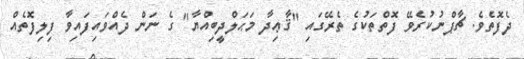
ދެފޮތެވެ. ޗާޕްނުކުރެވޭ ފޮތްތަކުގެ ތެރޭގައި "ޤާޢިދާ މަޙަލްދީބިއްޔާ" ގެ ނަން ދެއްވައިފައިވާ ފިލިފޮތެއް